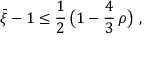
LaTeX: \bar { \xi } - 1 \leq \frac { 1 } { 2 } \, \big ( 1 - \frac { 4 } { 3 } \, \rho \big ) ~ ,